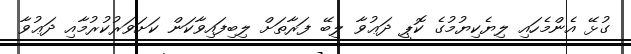
ގުޅޭ އެންމެހައި ލިޔެކިޔުމުގެ ކޮޕީ ދަޢުވާ ލިބޭ ފަރާތަށް ލިބިފައިވާކަން ކަށަވަރުކުރުމާއި ދަޢުވާ